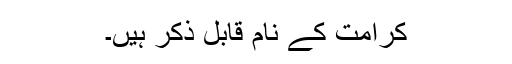
کرامت کے نام قابل ذکر ہیں۔